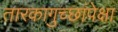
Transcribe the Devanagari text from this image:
तारकागुच्छांपेक्षा